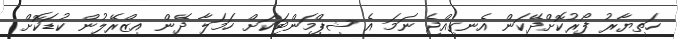
ހަތިޔާރު ފޯރުކޮށްދޭކަން އެނގިއްޖެ ނަމަ އެ ޝިޕްމަންޓަކަށް ހަމަލާ ދޭން އިޒްރޭލުން ކުޑަކޮށް